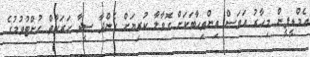
އެމްޑީޕީން މިހާރު އަވަސް އިންތިހާބަކަށް ގޮވާލާ ކުރިޔަށް ގެންދާ ސީދާ ހަރަކާތް ހުށްޓުވުމުގެ